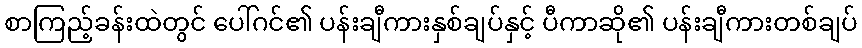
စာကြည့်ခန်းထဲတွင် ပေါ်ဂင်၏ ပန်းချီကားနှစ်ချပ်နှင့် ပီကာဆို၏ ပန်းချီကားတစ်ချပ်